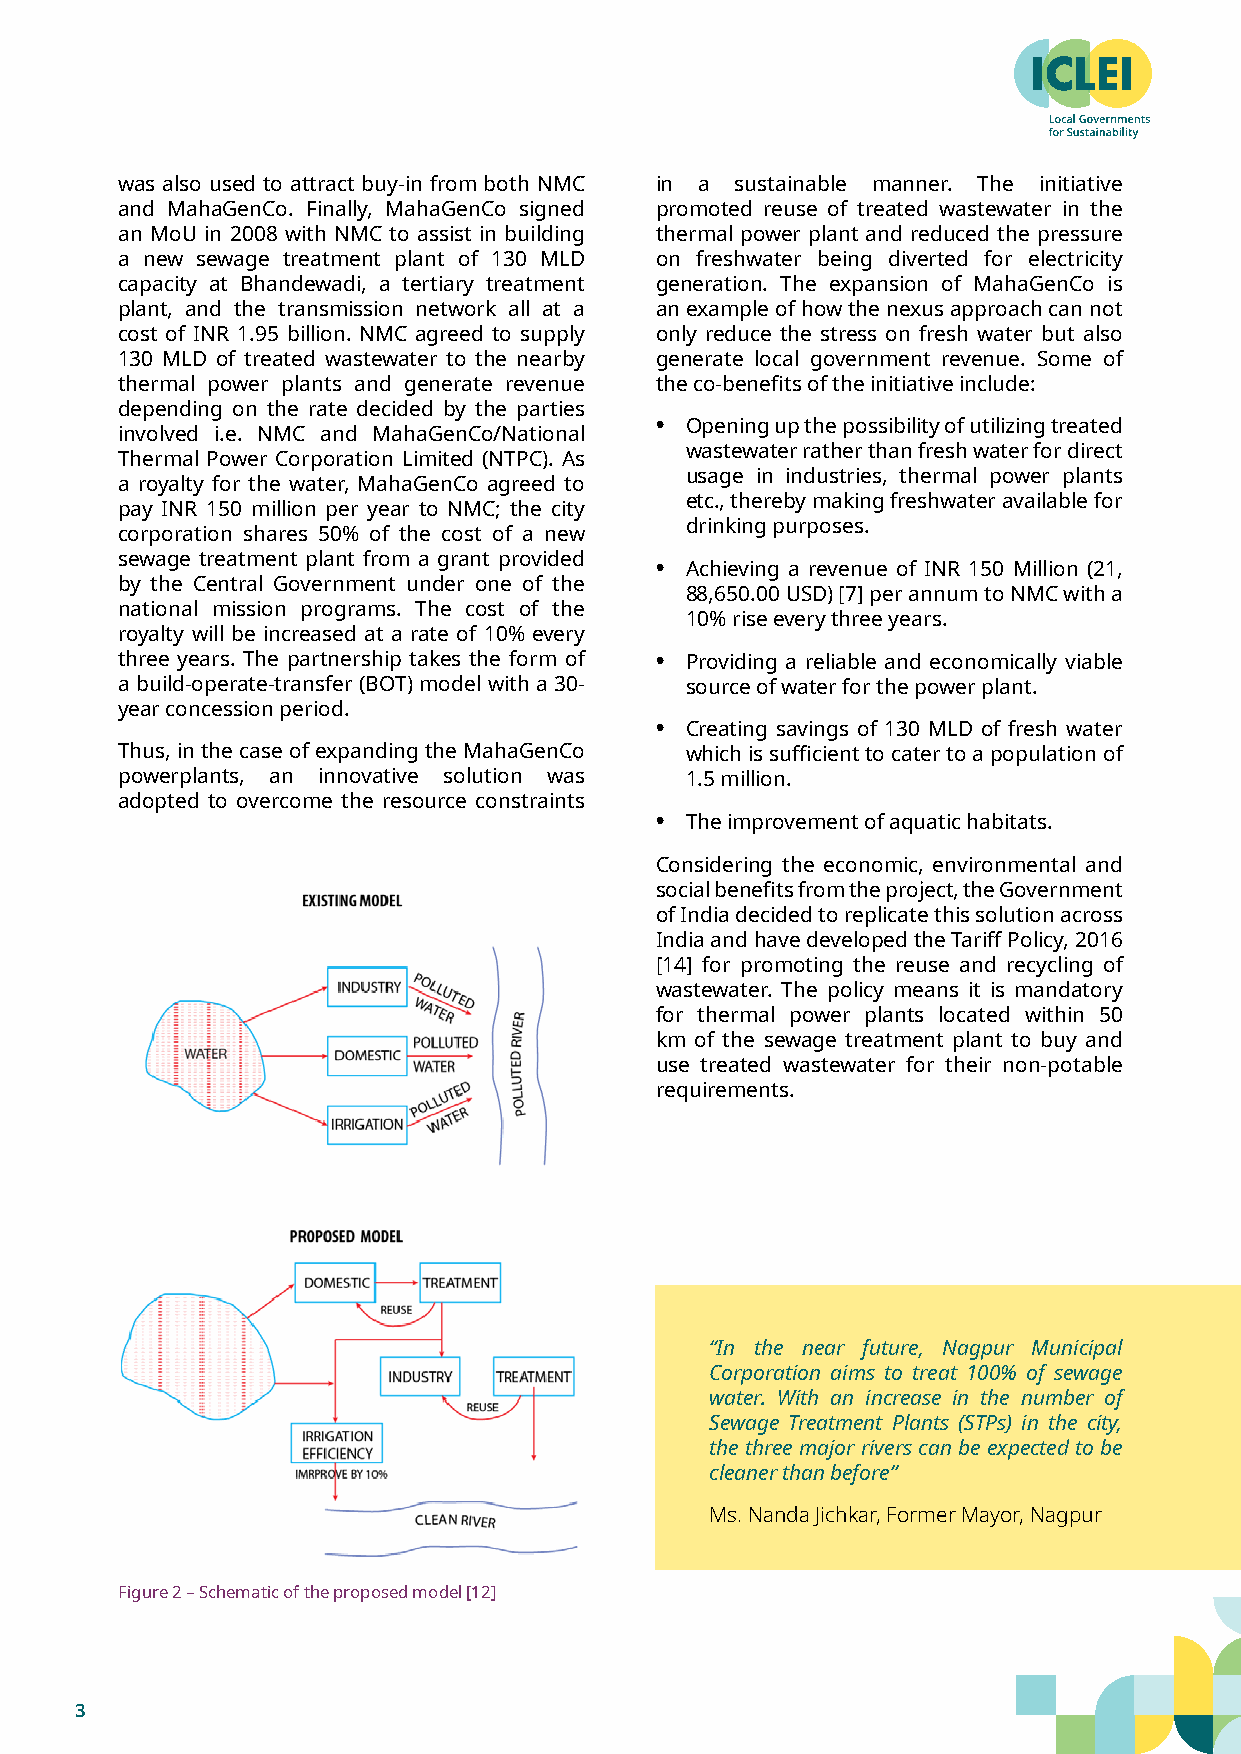
was also used to attract buy-in from both NMC in a sustainable manner. The initiative
 and MahaGenCo. Finally, MahaGenCo signed promoted reuse of treated wastewater in the
 an MoU in 2008 with NMC to assist in building thermal power plant and reduced the pressure
 a new sewage treatment plant of 130 MLD on freshwater being diverted for electricity
 capacity at Bhandewadi, a tertiary treatment generation. The expansion of MahaGenCo is
 plant, and the transmission network all at a an example of how the nexus approach can not
 cost of INR 1.95 billion. NMC agreed to supply only reduce the stress on fresh water but also
 130 MLD of treated wastewater to the nearby generate local government revenue. Some of
 thermal power plants and generate revenue the co-benefits of the initiative include:
 depending on the rate decided by the parties
 • Opening up the possibility of utilizing treated
 involved i.e. NMC and MahaGenCo/National
 wastewater rather than fresh water for direct
 Thermal Power Corporation Limited (NTPC). As
 usage in industries, thermal power plants
 a royalty for the water, MahaGenCo agreed to
 etc., thereby making freshwater available for
 pay INR 150 million per year to NMC; the city
 drinking purposes.
 corporation shares 50% of the cost of a new
 sewage treatment plant from a grant provided
 • Achieving a revenue of INR 150 Million (21,
 by the Central Government under one of the
 88,650.00 USD) [7] per annum to NMC with a
 national mission programs. The cost of the
 10% rise every three years.
 royalty will be increased at a rate of 10% every
 three years. The partnership takes the form of • Providing a reliable and economically viable
 a build-operate-transfer (BOT) model with a 30- source of water for the power plant.
 year concession period.
 • Creating savings of 130 MLD of fresh water
 Thus, in the case of expanding the MahaGenCo which is sufficient to cater to a population of
 powerplants, an innovative solution was 1.5 million.
 adopted to overcome the resource constraints
 • The improvement of aquatic habitats.
 Considering the economic, environmental and
 social benefits from the project, the Government
 of India decided to replicate this solution across
 India and have developed the Tariff Policy, 2016
 [14] for promoting the reuse and recycling of
 wastewater. The policy means it is mandatory
 for thermal power plants located within 50
 km of the sewage treatment plant to buy and
 use treated wastewater for their non-potable
 requirements.
 “In the near future, Nagpur Municipal
 Corporation aims to treat 100% of sewage
 water. With an increase in the number of
 Sewage Treatment Plants (STPs) in the city,
 the three major rivers can be expected to be
 cleaner than before”
 Ms. Nanda Jichkar, Former Mayor, Nagpur
 Figure 2 – Schematic of the proposed model [12]
 3